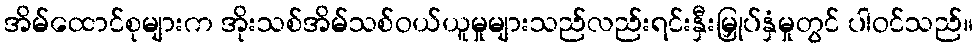
အိမ်ထောင်စုများက အိုးသစ်အိမ်သစ်ဝယ်ယူမှုများသည်လည်းရင်းနှီးမြှုပ်နှံမှုတွင် ပါဝင်သည်။